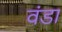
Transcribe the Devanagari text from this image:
वंडा